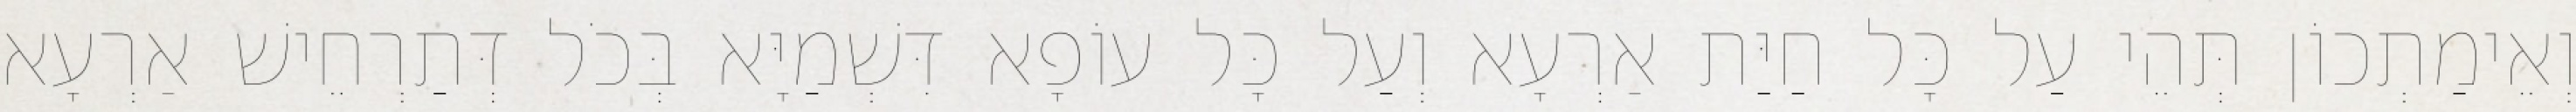
וְאֵימַתְכוֹן תְּהֵי עַל כָּל חַיַּת אַרְעָא וְעַל כָּל עוֹפָא דִּשְׁמַיָּא בְּכֹל דְּתַרְחֵישׁ אַרְעָא